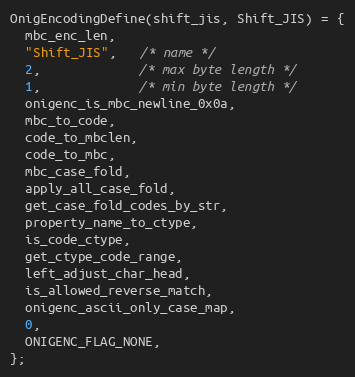
Language: C
OnigEncodingDefine(shift_jis, Shift_JIS) = {
  mbc_enc_len,
  "Shift_JIS",   /* name */
  2,             /* max byte length */
  1,             /* min byte length */
  onigenc_is_mbc_newline_0x0a,
  mbc_to_code,
  code_to_mbclen,
  code_to_mbc,
  mbc_case_fold,
  apply_all_case_fold,
  get_case_fold_codes_by_str,
  property_name_to_ctype,
  is_code_ctype,
  get_ctype_code_range,
  left_adjust_char_head,
  is_allowed_reverse_match,
  onigenc_ascii_only_case_map,
  0,
  ONIGENC_FLAG_NONE,
};